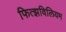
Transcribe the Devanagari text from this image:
फित्झविलियम